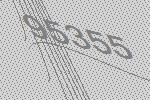
95355